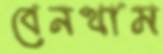
বেনথাম